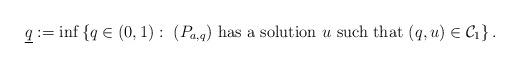
LaTeX: \begin{align*}\underline{q}:=\inf\left\{ q\in(0,1):\mbox{ $(P_{a,q})$ has a solution $u$ such that $(q,u)\in \mathcal{C}_1$}\right\} .\end{align*}